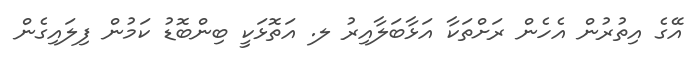
އޭގެ އިތުރުން އެހެން ރަށްތަކާ އަޅާބަލާއިރު ލ. އަތޮޅަކީ ބިންބޮޑު ކަމުން ފިލައިގެން